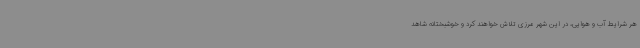
هر شرایط آب و هوایی، در این شهر مرزی تلاش خواهند کرد و خوشبختانه شاهد